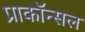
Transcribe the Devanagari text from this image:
प्राकॉन्सल